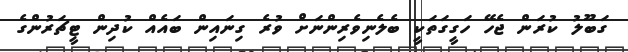
ގަބޫލު ކުރަން ޖެހޭ ހަގީގަތަކީ ބެލެނިވެރިންނަށް ވުރެ ގިނައިން ބައެއް ކުދިން ޓީޗަރުންގެ